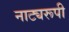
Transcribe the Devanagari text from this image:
नाट्यरूपी